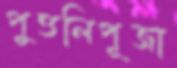
পুত্তলিপূজা